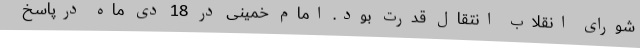
شورای‌ انقلاب‌ انتقال‌ قدرت‌ بود. امام‌ خمینی‌ در 18 دی‌ ماه‌ درپاسخ‌